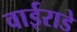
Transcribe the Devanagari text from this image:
वाईराडे